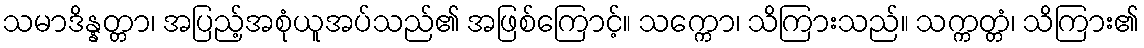
သမာဒိန္နတ္တာ၊ အပြည့်အစုံယူအပ်သည်၏ အဖြစ်ကြောင့်။ သက္ကော၊ သိကြားသည်။ သက္ကတ္တံ၊ သိကြား၏